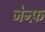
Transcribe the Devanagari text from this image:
जेन्फ़